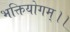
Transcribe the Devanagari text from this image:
भक्तियोगम्‌।।